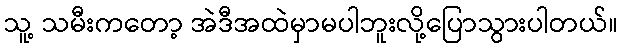
သူ့ သမီးကတော့ အဲဒီအထဲမှာမပါဘူးလို့ပြောသွားပါတယ်။